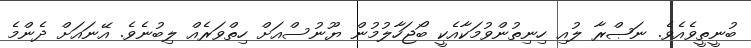
ބުނީތީވެއެވެ. ނަޞްރާ ލުއި ހިނިތުންވުމަކާއެކީ ބޯޖަހާލުމުން ޔޫނުސްއަށް ހިތްވަރެއް ލިބުނެވެ. އޭނައަށް ދެންމެ